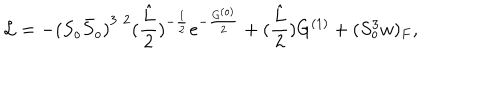
{ \cal L } = - { ( S _ { o } { \bar { S } } _ { o } ) } ^ { 3 / 2 } ( \frac { \hat { L } } { 2 } ) ^ { - \frac { 1 } { 2 } } e ^ { - \frac { G ^ { ( o ) } } { 2 } } + ( \frac { \hat { L } } { 2 } ) G ^ { ( 1 ) } + { ( S _ { o } ^ { 3 } w ) _ { F } } ,